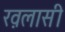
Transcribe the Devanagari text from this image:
ख़लासी